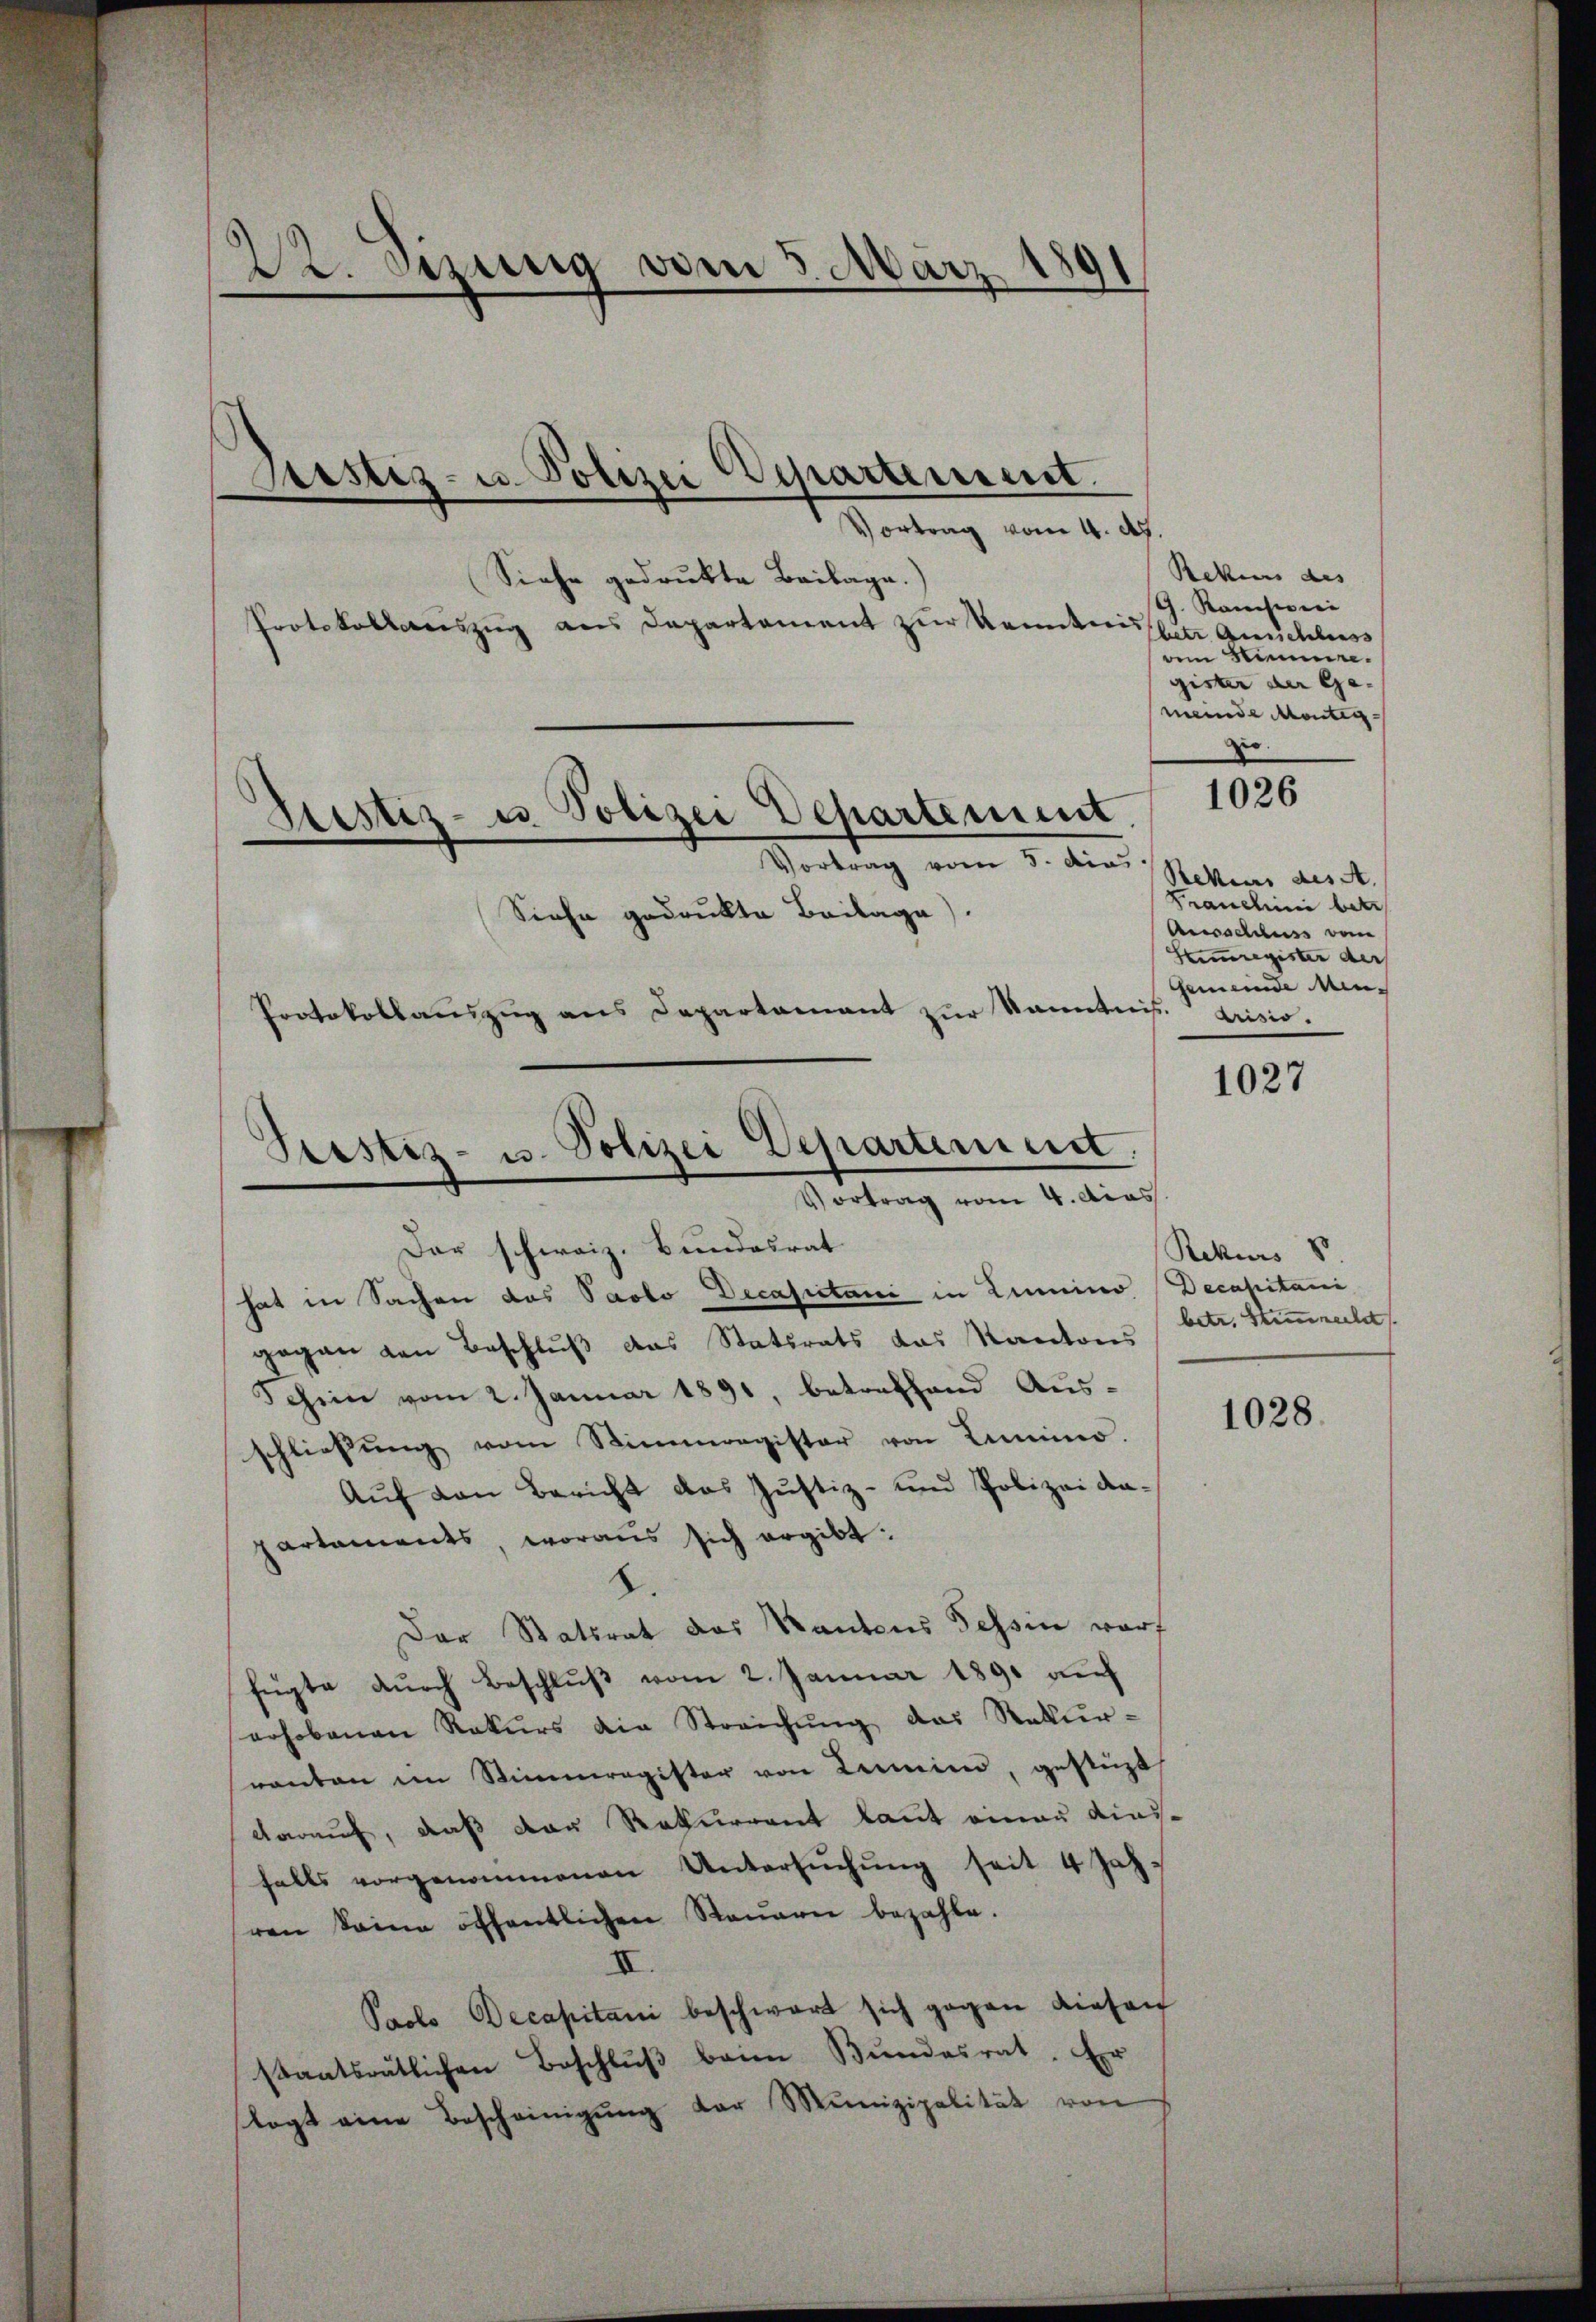
22. Setzung vom 3. März 1
8

Siehe gedrukte Beilage.
Protokollauszug aus Departement zŭr Kenntnis

Vortrag vom 4. Ap
Stestiz- u. Polizei Departement.
.
Vortrag vom 5. dies
Siehe gedrukte Beilage).
Protokollauszug aus Departamant zur Kanntnis.

Sistiz- u. Polizei Departement.

Pristiz- u. Polizei Departement.
Vortrag vom 4. das

Der schweiz. Bundesrat
hat in Sachen das Pacto Decasiotani in Lumino (Decapitaini
gegen von Beschluß das Statsrats das Kantons
Schein vom 2. Januar 1891, betreffend Aus-
schließung vom Stimmregister von Linio.
Auf den Bericht des Justiz- und Polizei dapartements, woraus sich ergibt:
.
Der Statsrat des Kantons Tessin warf
fügte dŭrch Beschlŭβ vom 2. Januar 1890 auf
erhobenen Rekŭrs die Streichŭng das Rekur-
ranten im Stimmregister von Lermin, gestüzt
darauf, daß der Rekurrent laut einen diesfalls vorgenommenen Untersŭchŭng seit 4 Jahren keine öffentlichen Raŭern bezahle.
II.
Paolo Decapitani beschwart sich gegen diesen
staatsrätlichen Beschlŭβ beim Bŭndesrat. Er
tagt eine Bescheinigŭng der Munizipalität von

Rekurs des
G. Konserei
bete Geschluss
dem Stimmen.
gister der Ge-
meinde Montig-
zu
Rekurs des A.
Franchini betr.
Ausschluss vom
Stimmregister der
Gemeinde Men-
drisis.

1026

1027

Rekurs
betr. Stimmerlet

1028.